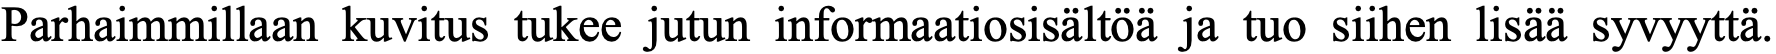
Parhaimmillaan kuvitus tukee jutun informaatiosisältöä ja tuo siihen lisää syvyyttä.